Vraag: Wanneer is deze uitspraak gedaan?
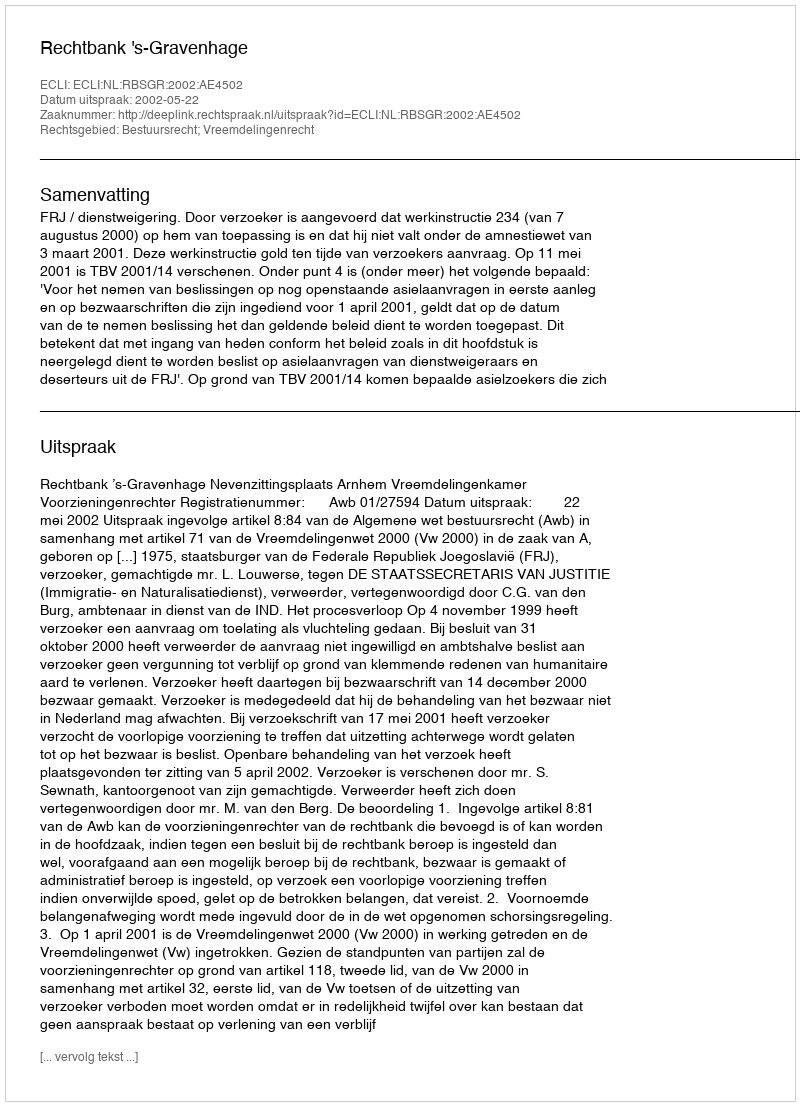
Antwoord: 2002-05-22